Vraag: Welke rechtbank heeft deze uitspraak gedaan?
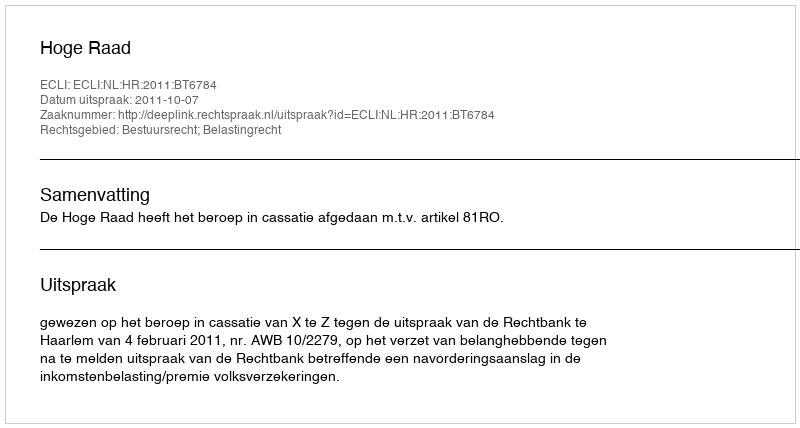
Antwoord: Hoge Raad